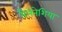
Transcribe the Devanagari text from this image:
मैलेनेशिया